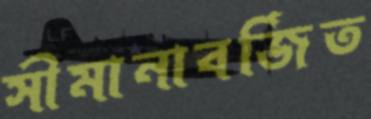
সীমানাবর্জিত